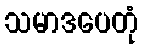
သမာဒပေတုံ